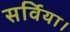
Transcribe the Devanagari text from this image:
सर्विया।